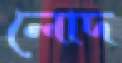
লোদ